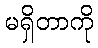
မရှိတာကို